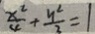
\frac { x ^ { 2 } } { 4 } + \frac { y ^ { 2 } } { 2 } = 1